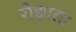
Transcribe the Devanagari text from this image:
रोझाला